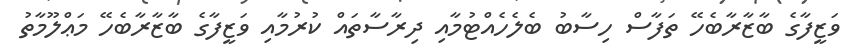
ވަޒީފާގެ ބާޒާރާބެހޭ ތަފާސް ހިސާބު ބެލެހެއްޓުމާއި ދިރާސާތައް ކުރުމާއި ވަޒީފާގެ ބާޒާރާބެހޭ މަޢްލޫމާތު